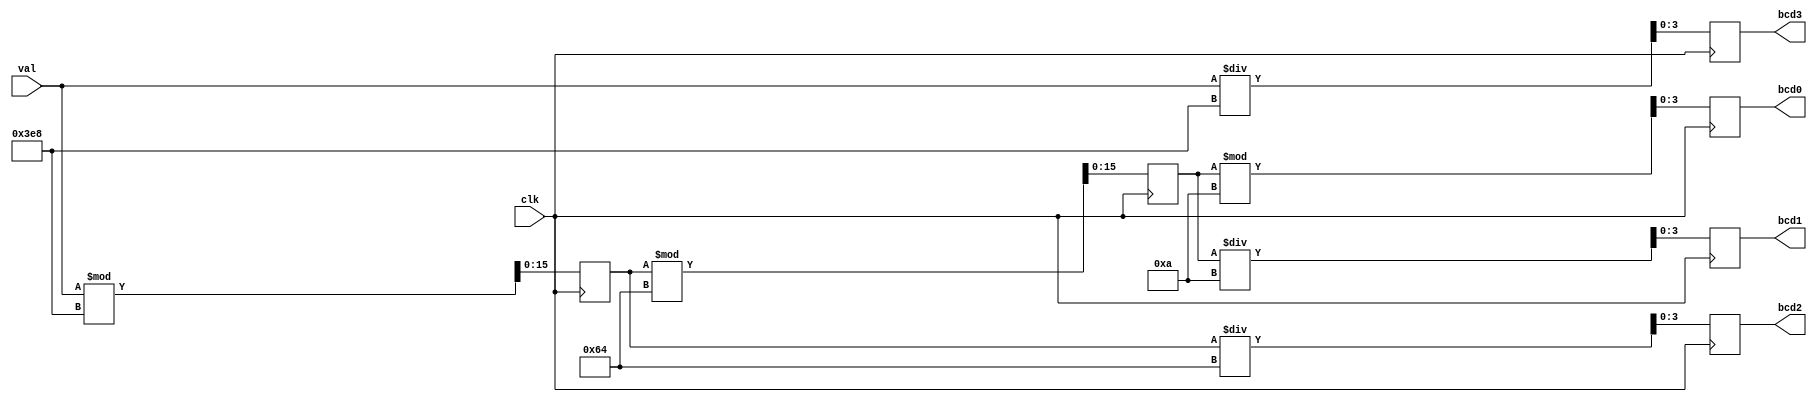
module binaryLookupDivideMod(
    input clk,
    input [15:0] val,
    output reg [3:0] bcd3,
    output reg [3:0] bcd2,
    output reg [3:0] bcd1,
    output reg [3:0] bcd0
    );
    
    reg [15:0] p1, p2;
    always@(posedge clk)
    begin
        bcd3 <= val/1000;
        p1 <= val%1000;
        bcd2 <= p1/100;
        p2 <= p1%100;
        bcd1 <= p2/10;
        bcd0 <= p2%10;
    end
endmodule